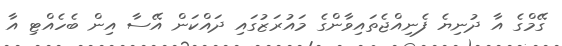
ގޭމްގެ އާ ދުނިޔެ ފެނިއްޖެތައިވާންގެ މައުރަޒުގައި ދައްކަން އޭސާ އިން ބެހެއްޓި އާ